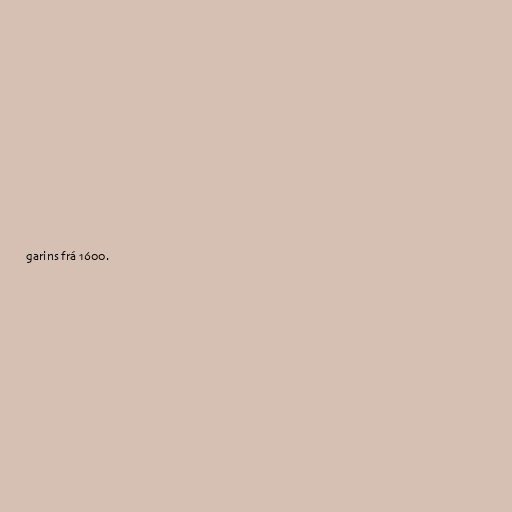
garins frá 1600.